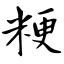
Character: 粳